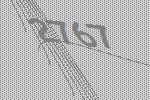
2767